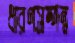
ধারণসম্পন্ন